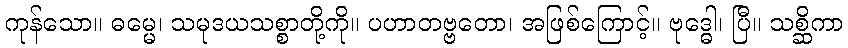
ကုန်သော။ ဓမ္မေ၊ သမုဒယသစ္စာတို့ကို။ ပဟာတဗ္ဗတော၊ အဖြစ်ကြောင့်။ ဗုဒ္ဓေါ၊ ပြီ။ သစ္ဆိကာ